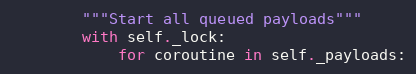
Language: Python
        """Start all queued payloads"""
        with self._lock:
            for coroutine in self._payloads: